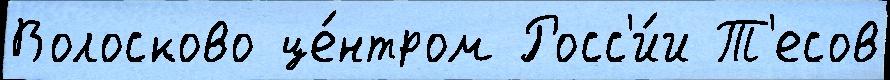
Волосково це́нтром Росс'и́и Т'есов